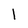
Character: l